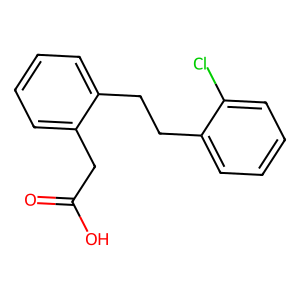
SMILES: O=C(O)Cc1ccccc1CCc1ccccc1Cl
Inhibits HIV replication: No